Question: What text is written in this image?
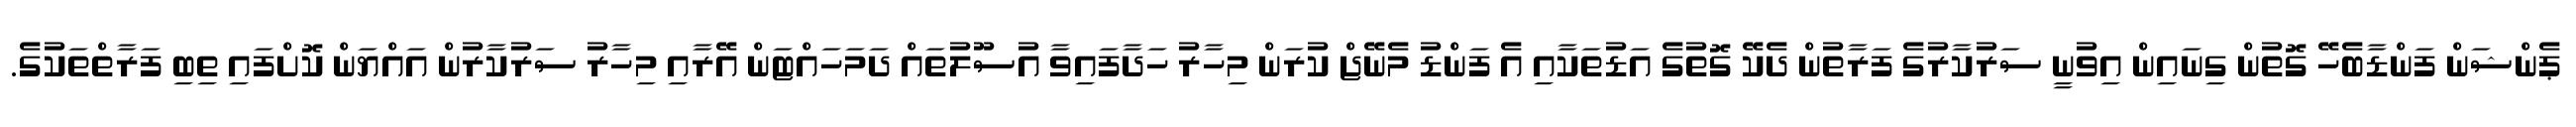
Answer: ޕެންޝަން ފަންޑާބެހޭ ގޮތުން ގިނައިން އިވުނީ ސަރުކާރުގެ ފަރާތުން ދެކޭ ގޮތުގެ އަޑުތަކާއި އެ ފަންޑު މެނޭޖް ކުރަން މިހާރު ހަދާފައިވާ އުސޫލުތައް ދަމަހައްޓަން އޭރާއި މިހާރު ސަރުކާރުން އައްޔަން ކޮށްފައި ތިބި ފަރާތްތަކުގެ.